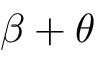
\beta + \theta